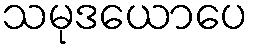
သမုဒယောပေ